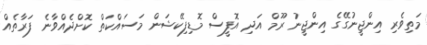
މަތިވެރި އިންޖީނުގޭގެ އިންޖީނު ރޫމް އަދި އޮފީސް މޮޑިފިކޭޝަން މަސައްކަތް ކޮށްދެއްވާނެ ފަރާތެއް